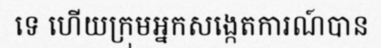
ទេ ហើយក្រុមអ្នកសង្កេតការណ៍បាន